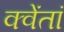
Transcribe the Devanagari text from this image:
क्वेंतां